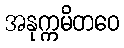
အနုက္ကမိတဝေ